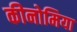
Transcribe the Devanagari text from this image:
कीनोमिया